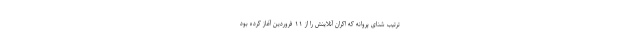
ترتیب شنای پروانه که اکران آنلاینش را از ۱۱ فروردین آغاز کرده بود